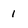
Character: 1